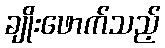
ချိုးဖောက်သည့်